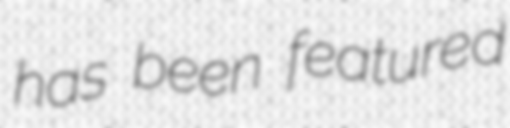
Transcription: has been featured